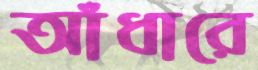
আঁধারে